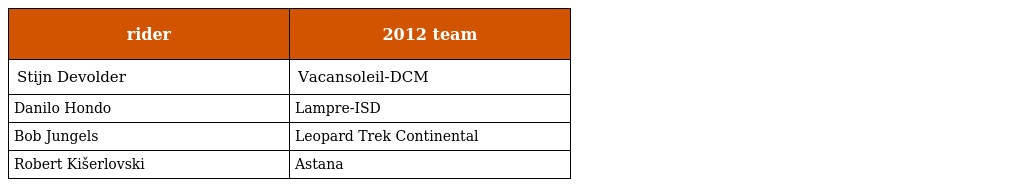
| rider | 2012 team |
 | --- | --- |
 | Stijn Devolder | Vacansoleil-DCM |
 | Danilo Hondo | Lampre-ISD |
 | Bob Jungels | Leopard Trek Continental |
 | Robert Kišerlovski | Astana |